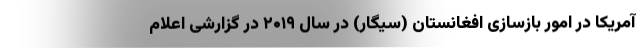
آمریکا در امور بازسازی افغانستان (سیگار) در سال ۲۰۱۹ در گزارشی اعلام